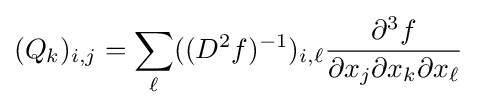
(Q_{k})_{i,j}=\sum _{\ell }((D^{2}f)^{-1})_{i,\ell }{\frac {\partial ^{3}f}{\partial x_{j}\partial x_{k}\partial x_{\ell }}}